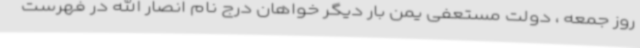
روز جمعه ، دولت مستعفی یمن بار دیگر خواهان درج نام انصار الله در فهرست